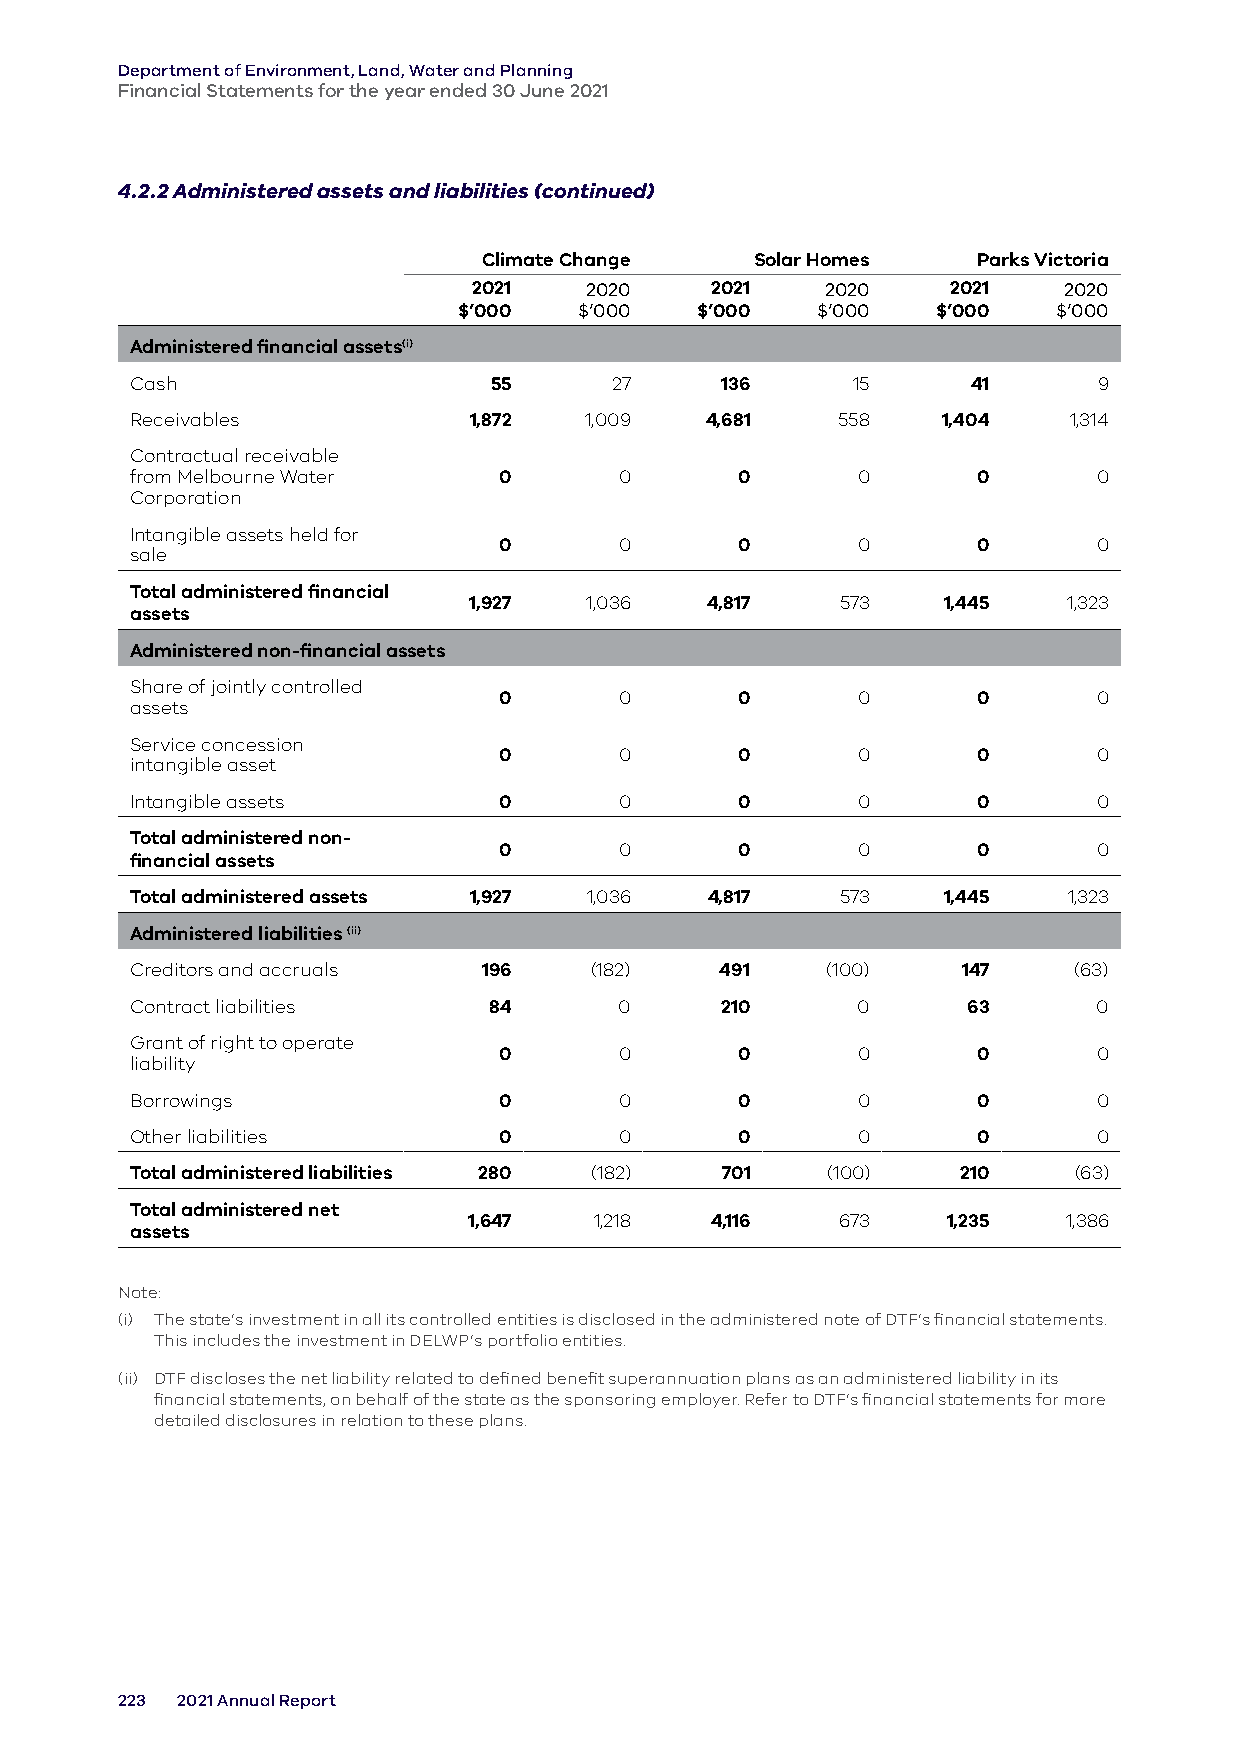
Department of Environment, Land, Water and Planning
 Financial Statements for the year ended 30 June 2021
 4.2.2 Administered assets and liabilities (continued)
 Climate Change    Solar Homes    Parks Victoria
 2021    2020    2021    2020    2021   2020
 $’000   $’000   $’000   $’000   $’000   $’000
 Administered financial assets(i)
 Cash                   55       27     136     15      41       9
 Receivables           1,872   1,009   4,681   558    1,404    1,314
 Contractual receivable
 from Melbourne Water    0       0       0       0       0       0
 Corporation
 Intangible assets held for
 0       0       0       0       0       0
 sale
 Total administered financial
 1,927   1,036   4,817    573   1,445    1,323
 assets
 Administered non-financial assets
 Share of jointly controlled
 0       0       0       0       0       0
 assets
 Service concession
 0       0       0       0       0       0
 intangible asset
 Intangible assets       0       0       0       0       0       0
 Total administered non-
 0       0       0       0       0       0
 financial assets
 Total administered assets 1,927 1,036 4,817    573   1,445    1,323
 Administered liabilities (ii)
 Creditors and accruals 196    (182)    491    (100)    147    (63)
 Contract liabilities   84       0      210      0      63       0
 Grant of right to operate
 0       0       0       0       0       0
 liability
 Borrowings              0       0       0       0       0       0
 Other liabilities       0       0       0       0       0       0
 Total administered liabilities 280 (182) 701  (100)    210    (63)
 Total administered net
 1,647   1,218   4,116   673     1,235   1,386
 assets
 Note:
 (i) The state’s investment in all its controlled entities is disclosed in the administered note of DTF’s financial statements.
 This includes the investment in DELWP’s portfolio entities.
 (ii) DTF discloses the net liability related to defined benefit superannuation plans as an administered liability in its
 financial statements, on behalf of the state as the sponsoring employer. Refer to DTF’s financial statements for more
 detailed disclosures in relation to these plans.
 223 2021 Annual Report